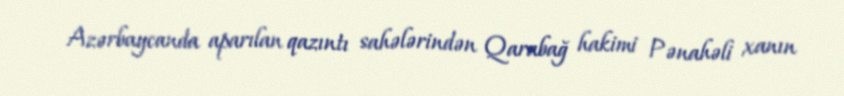
Azərbaycanda aparılan qazıntı sahələrindən Qarabağ hakimi Pənahəli xanın